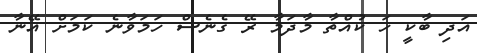
އަދި ބާކީ ހަ ކުއްތާ މާދަމާ ރޭ ގެނެސް ހަމަވާނެ ކަމަށް އޭނާ